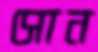
সোন